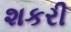
શકરી